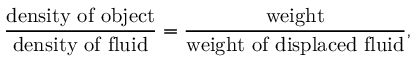
{ \frac { \mathrm { d e n s i t y ~ o f ~ o b j e c t } } { \mathrm { d e n s i t y ~ o f ~ f l u i d } } } = { \frac { \mathrm { w e i g h t } } { \mathrm { w e i g h t ~ o f ~ d i s p l a c e d ~ f l u i d } } } ,